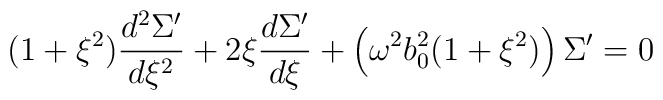
(1+ \xi^{2} ) \frac{d^{2}{\Sigma^{\prime}}}{d\xi^{2}} + 2\xi\frac{d\Sigma^{\prime}}{d\xi} + \left (\omega^{2}b_{0}^{2}(1+\xi^{2}) \right ) \Sigma^{\prime} = 0